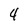
Character: 4